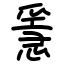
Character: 㥯